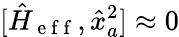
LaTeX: [\hat{H}_{\mathrm{~e~f~f~}},\hat{x}_{a}^{2}]\approx 0